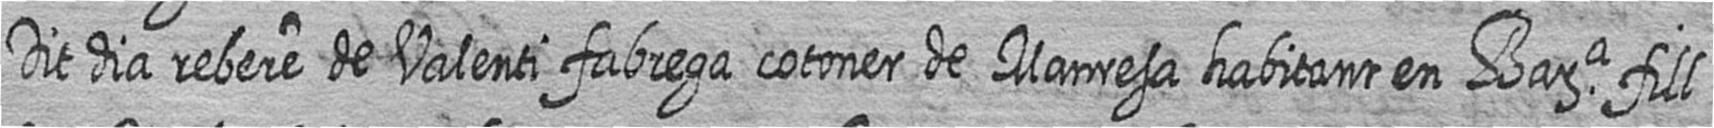
Dit dia rebere de Valenti fabrega cotoner de Manresa habitant en Bara fill